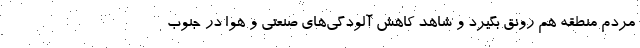
مردم منطقه هم رونق بگیرد و شاهد کاهش آلودگی‌های صنعتی و هوا در جنوب